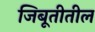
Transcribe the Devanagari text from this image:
जिबूतीतील